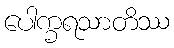
ပေါက္ခရသာတိဿ